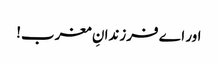
اور اے فرزندانِ مغرب!